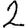
Digit: 2